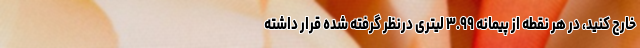
خارج کنید، در هر نقطه از پیمانه ۳.۹۹ لیتری درنظر گرفته شده قرار داشته